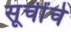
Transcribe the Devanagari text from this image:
सूचींचे